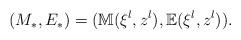
LaTeX: \begin{align*} \begin{aligned} & (M_*,E_*)= (\mathbb{M}( \xi ^l,z^l), \mathbb{E}(\xi ^l,z^l)). \end{aligned}\end{align*}